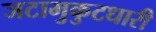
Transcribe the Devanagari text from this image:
जटामुकुटधारी